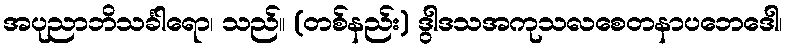
အပုညာဘိသင်္ခါရော၊ သည်။ (တစ်နည်း) ဒွါဒသအကုသလစေတနာပဘေဒေါ၊